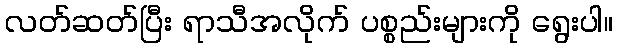
လတ်ဆတ်ပြီး ရာသီအလိုက် ပစ္စည်းများကို ရွေးပါ။